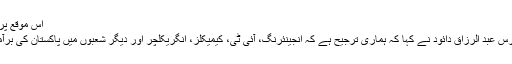
اس موقع پر وزیر اعظم کے
مشیر برائے کامرس عبد الرزاق دائود نے کہا کہ ہماری ترجیح ہے کہ انجینئرنگ، آئی ٹی، کیمیکلز، انگریکلچر اور دیگر شعبوں میں پاکستان کی برآمدات کو بڑھائیں۔